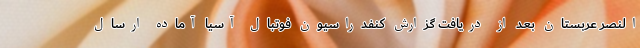
النصر عربستان بعد از دریافت گزارش کنفدراسیون فوتبال آسیا آماده ارسال